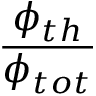
\frac { \phi _ { t h } } { \phi _ { t o t } }